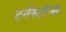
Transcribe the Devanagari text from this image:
टर्नस्टोन्स